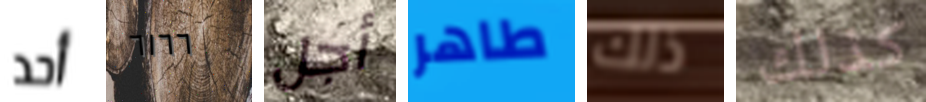
أحد ٦١٦٦ أجل طاهر ذلك كذلك